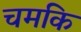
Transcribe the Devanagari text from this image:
चमकि